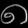
Digit: ၈